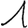
Digit: 1